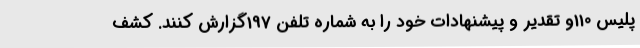
پلیس 110و تقدیر و پیشنهادات خود را به شماره تلفن 197گزارش کنند. کشف